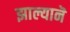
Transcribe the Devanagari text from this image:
झाल्यानॆ